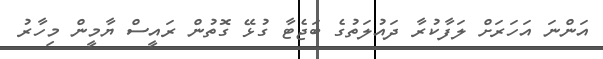
އަންނަ އަހަރަށް ލަފާކުރާ ދައުލަތުގެ ބަޖެޓާ ގުޅޭ ގޮތުން ރައީސް ޔާމީން މިހާރު